Vaccine operations Central Provinces 1900-1911 - 1900-1911
Year: 1900
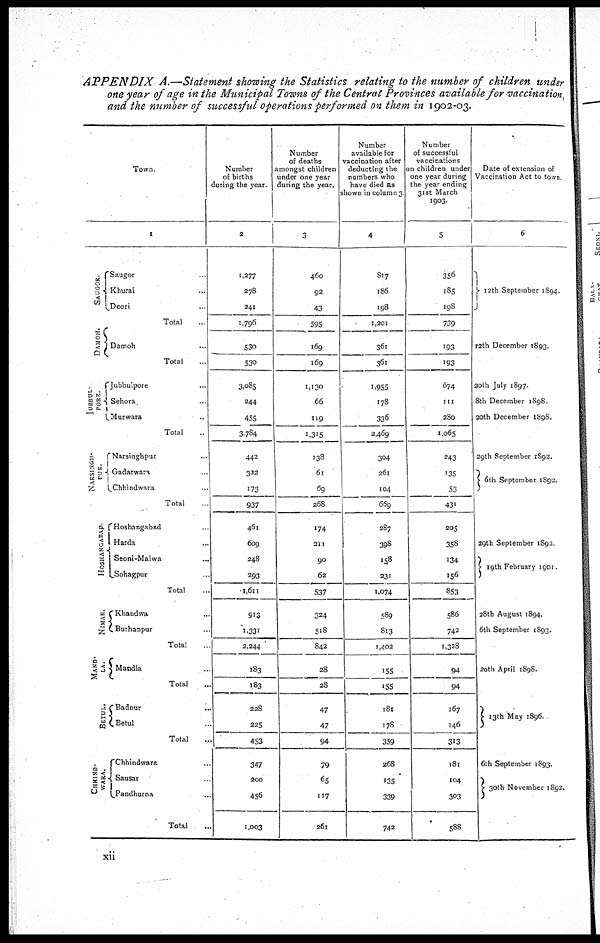
APPENDIX
A.—Statement showing the Statistics relating to the number of children under
one year of age in the Municipal Towns of the Central Provinces available for vaccination,
and the number of successful operations performed on them in 1902-03.
Town
1
SAUGOR.
Saugor ...
Khurai ...
Deori ...
Total ...
DAMOH.
Damoh ...
Total ...
JUBBUL-
PORE.
Jubbulpore
Sehora ...
Murwara ...
Total ...
NURSINGH-
PUR.
Narsinghpur ...
Gadarwara ...
Chhindwara ...
Total ...
HOSHANGABAD.
Hoshangabad ...
Harda ...
Seoni-Malwa
Sohagpur ...
Total ...
NIMAR.
Khandwa ...
Burhanpur ...
Total ...
MAND-
LA.
Mandla ...
Total ...
BETUL.
Badnur ...
Betul ...
Total ...
CHHIND-
WARA.
Chhindwara ...
Sausar ...
Pandhurna ...
Total ...
Number
of births
during the year.
2
1,277
278
241
1,796
530
530
3,085
244
455
3,784
442
322
173
937
461
609
248
293
1,611
913
1,331
2,244
183
183
228
225
453
347
200
456
1,003
Number
of deaths
amongst children
under one year
during the year.
3
460
92
43
595
169
169
1,130
66
119
1,315
138
61
69
268
174
211
90
62
537
324
518
842
28
28
47
47
94
79
65
117
261
Number
available for
vaccination after
deducting the
numbers who
have died as
shown in column 3
4
817
186
198
1,201
361
361
1,955
178
336
2,469
304
261
104
669
287
398
158
231
1,074
589
813
1,402
155
155
181
178
359
268
135
339
742
Number
of successful
vaccinations
on children under
one year during
the year ending
31st March
1903.
5
356
185
198
739
193
193
674
111
280
1,065
243
135
53
431
205
358
134
156
853
586
742
1,328
94
94
167
146
313
181
104
303
588
Date of extension of
Vaccination Act to town
6
12th September 1894
12th December 1893
20th July 1897.
8th December 1898
20th December 1898.
29th September 1892.
6th September 1892.
29th September 1892
19th February 1901
28th August 1894.
6th September 1893.
20th April 1898
13th May 1896.
6th September 1893.
30th November 1892.
xii